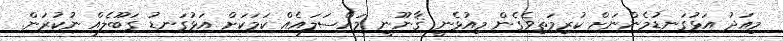
މިއަދު އަޅުގަނޑުމެންނަށް ކުރިމަތިވެގެން މިއުޅެނީ ޤާނޫނީ މައްސަލައެއް ކަމަކަށް އަޅުގަނޑު ގަބޫލެއް ނުކުރަން.